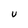
Character: U